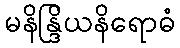
မနိန္ဒြိယနိရောဓံ